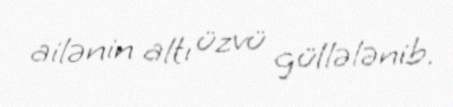
ailənin altı üzvü güllələnib.